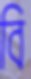
বি